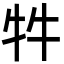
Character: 牪